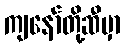
ကျနော်တို့ဆီမှာ